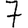
Digit: 7